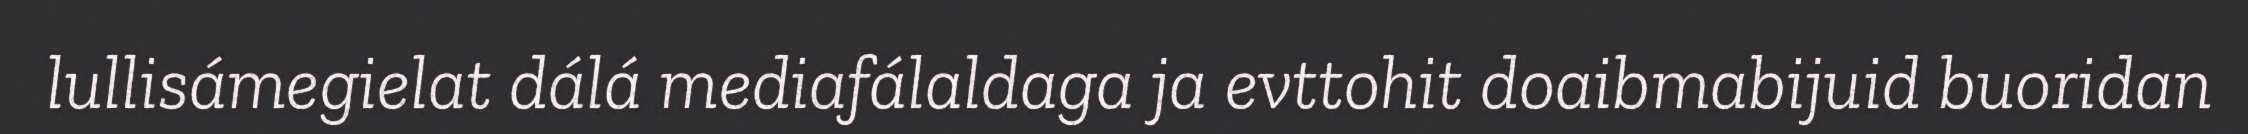
lullisámegielat dálá mediafálaldaga ja evttohit doaibmabijuid buoridan